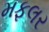
મફલર